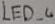
Text: LED_4